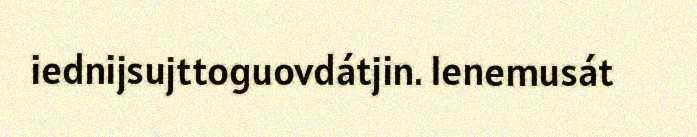
iednijsujttoguovdátjin. Ienemusát